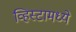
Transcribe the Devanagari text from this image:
व्हिस्टामध्ये